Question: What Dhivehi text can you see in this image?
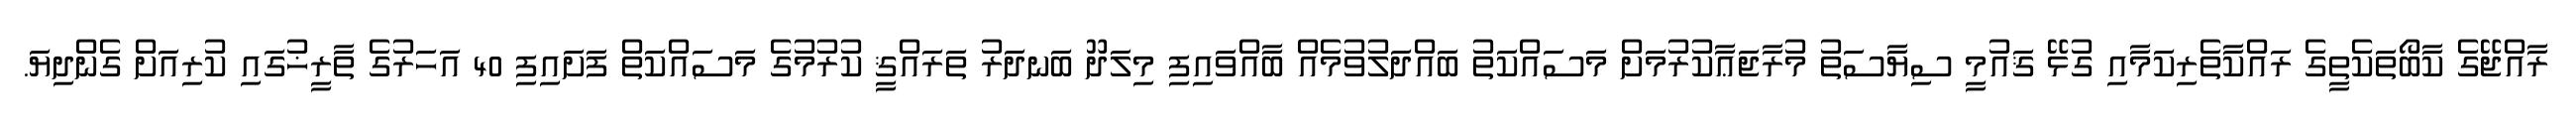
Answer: ރާއްޖޭގެ ކާބޯތަކެތީގެ ރައްކާތެރިކަމާއި ގުޅޭ ޤައުމީ ސިޔާސަތު މުރާޖަޢާކުރުމަށް މަސައްކަތު ބައްދަލުވުމެއް ބާއްވައިފި މިލަދޫ ބަނދަރު ތަރައްޤީ ކުރުމުގެ މަސައްކަތް ފަށައިފި 40 އަހަރުގެ ތާރީޚުގައި ކުރިއަށް ގެންދިޔަ.